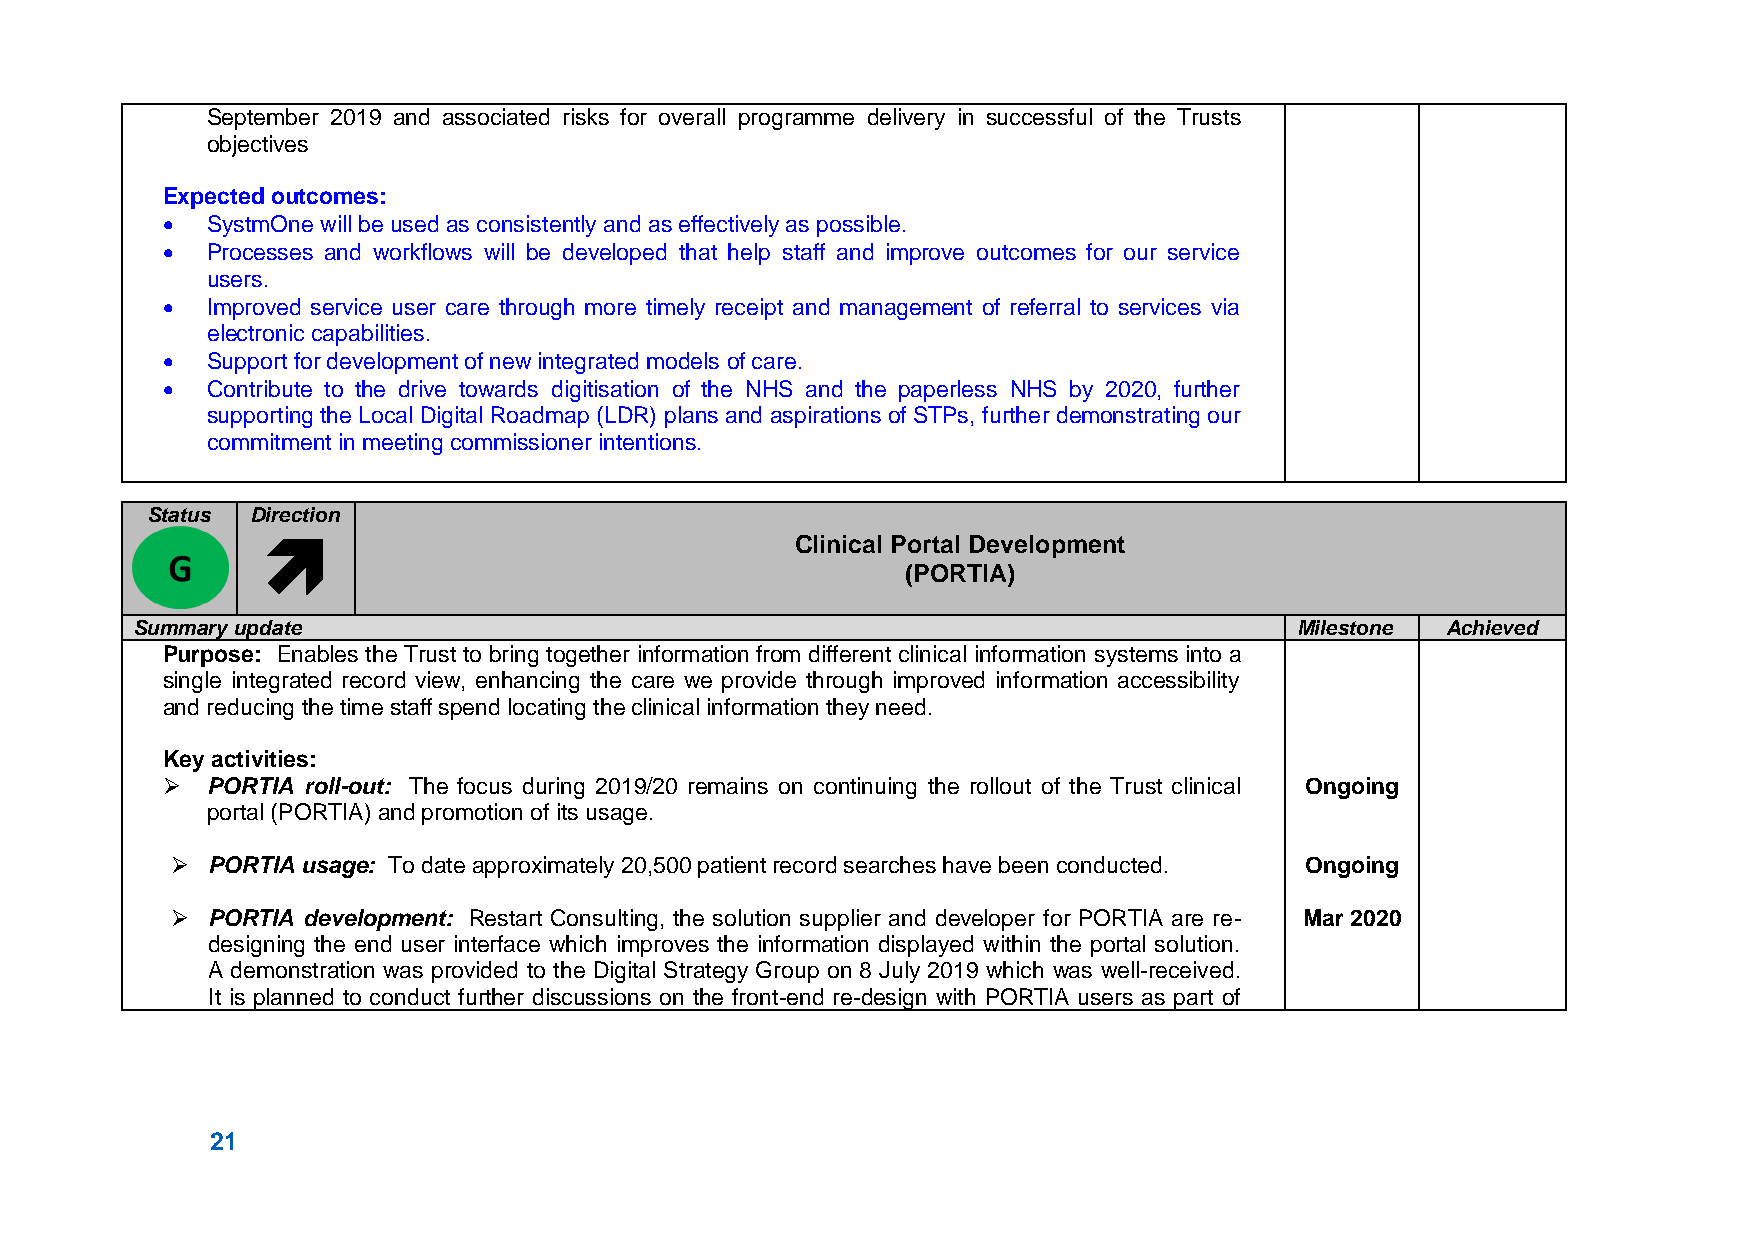
September 2019 and associated risks for overall programme delivery in successful of the Trusts
 objectives
 Expected outcomes:
   SystmOne will be used as consistently and as effectively as possible.
   Processes and workflows will be developed that help staff and improve outcomes for our service
 users.
   Improved service user care through more timely receipt and management of referral to services via
 electronic capabilities.
   Support for development of new integrated models of care.
   Contribute to the drive towards digitisation of the NHS and the paperless NHS by 2020, further
 supporting the Local Digital Roadmap (LDR) plans and aspirations of STPs, further demonstrating our
 commitment in meeting commissioner intentions.
 Status Direction
                                    Clinical Portal Development
 (PORTIA)
 Summary update                                                               Milestone Achieved
 Purpose: Enables the Trust to bring together information from different clinical information systems into a
 single integrated record view, enhancing the care we provide through improved information accessibility
 and reducing the time staff spend locating the clinical information they need.
 Key activities:
   PORTIA roll-out: The focus during 2019/20 remains on continuing the rollout of the Trust clinical Ongoing
 portal (PORTIA) and promotion of its usage.
   PORTIA usage: To date approximately 20,500 patient record searches have been conducted. Ongoing
   PORTIA development: Restart Consulting, the solution supplier and developer for PORTIA are re- Mar 2020
 designing the end user interface which improves the information displayed within the portal solution.
 A demonstration was provided to the Digital Strategy Group on 8 July 2019 which was well-received.
 It is planned to conduct further discussions on the front-end re-design with PORTIA users as part of
 21